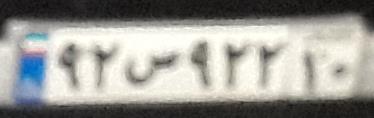
۹۲س۹۲۲۱۰